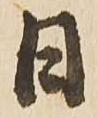
日